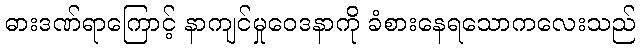
ဓားဒဏ်ရာကြောင့် နာကျင်မှုဝေဒနာကို ခံစားနေရသောကလေးသည်